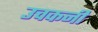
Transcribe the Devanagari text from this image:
उचकनी